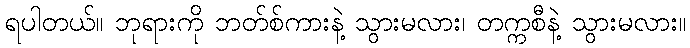
ရပါတယ်။ ဘုရားကို ဘတ်စ်ကားနဲ့ သွားမလား၊ တက္ကစီနဲ့ သွားမလား။